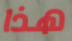
هذا